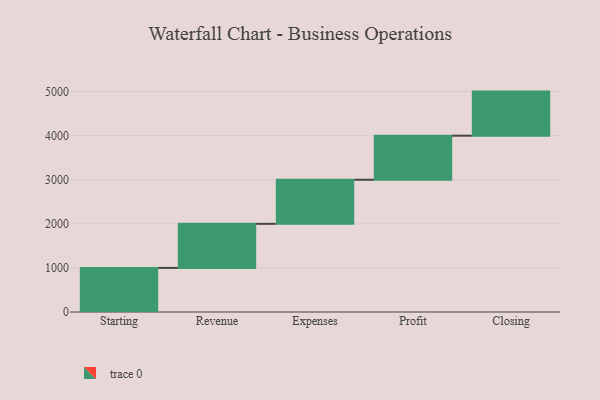
{"axis": {"x": "Step", "y": "Value"}, "legend": [""], "data": [{"x": "Starting", "y": 1000, "type": ""}, {"x": "Revenue", "y": 1000, "type": ""}, {"x": "Expenses", "y": 1000, "type": ""}, {"x": "Profit", "y": 1000, "type": ""}, {"x": "Closing", "y": 1000, "type": ""}]}